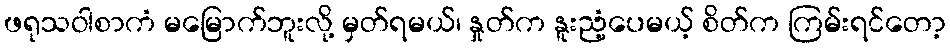
ဖရုသဝါစာကံ မမြောက်ဘူးလို့ မှတ်ရမယ်၊ နှုတ်က နူးညံ့ပေမယ့် စိတ်က ကြမ်းရင်တော့